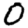
Digit: 0